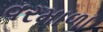
વરમાળા